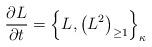
LaTeX: \begin{align*}{\partial L\over \partial t} = \left\{L, \left(L^{2}\right)_{\geq1}\right\}_{\kappa}\end{align*}